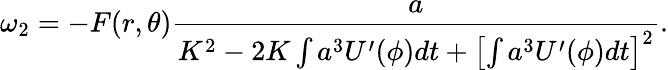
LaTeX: \omega_{2}=-F(r,\theta)\frac{a}{K^{2}-2K\int a^{3}U^{\prime}(\phi)dt+\left[\int a^{3}U^{\prime}(\phi)dt\right]^{2}}.